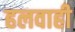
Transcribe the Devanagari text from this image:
हलवाही